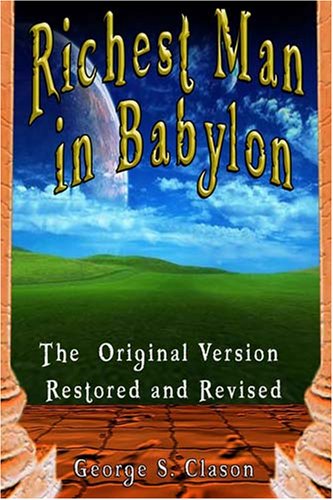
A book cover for The Richest Man in Babylon: The Original Version, Restored and Revised; George S. Clason; Business & Money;